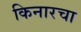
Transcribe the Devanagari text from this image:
किनारचा